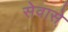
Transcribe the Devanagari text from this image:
सेवासे